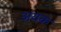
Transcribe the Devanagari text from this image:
अयक